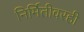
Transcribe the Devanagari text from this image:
निर्मितीवरही